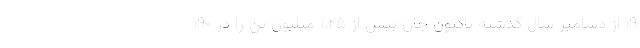
۱۹ از دسامبر سال گذشته تاکنون جان بیش از ۱.۲۵ میلیون تن را در ۱۹۰